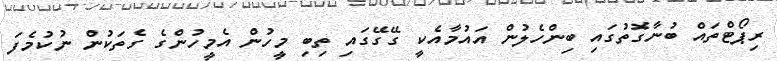
ރިޕޯޓްތައް ބުނާގޮތުގައި ބިންހެލުން އައުމާއެކީ ގޭގޭގައި ތިބި މީހުން އެމީހުންގެ ގެތަކުން ނުކުމެފަ